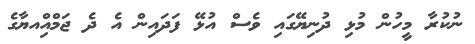
ނުކުރާ މީހުން މުޅި ދުނިޔޭގައި ވެސް އުޅޭ ފަދައިން އެ ދެ ޖަމްއިްއޔާގެ